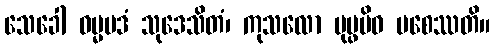
သေခေါ ဓမ္မပဒံ သုဒေသိတံ၊ ကုသလော ပုပ္ဖမိဝ ပစေဿတိ။